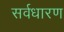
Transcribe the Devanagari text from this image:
सर्वधारण